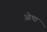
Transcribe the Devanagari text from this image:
ओथा